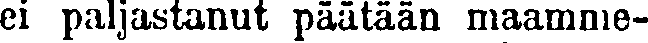
ei paljastanut päätään maamme-